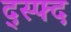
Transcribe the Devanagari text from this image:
द्स्फ्द